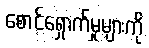
စောင့်ရှောက်မှုများကို